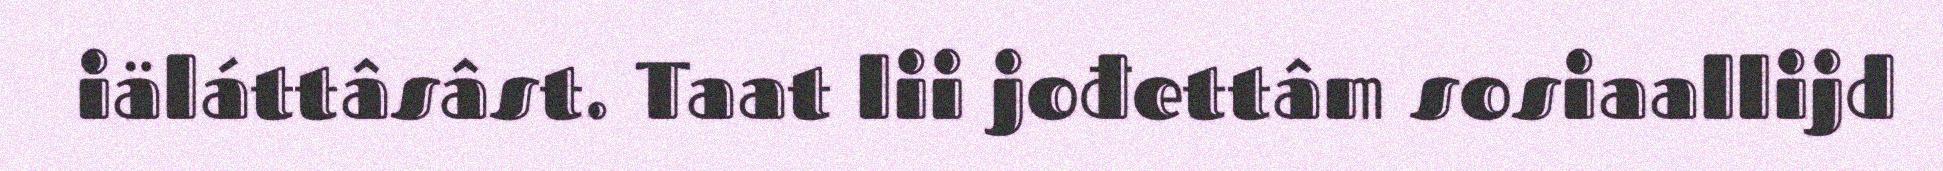
iäláttâsâst. Taat lii jođettâm sosiaallijd